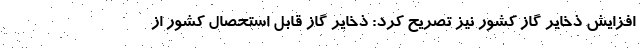
افزایش ذخایر گاز کشور نیز تصریح کرد: ذخایر گاز قابل استحصال کشور از